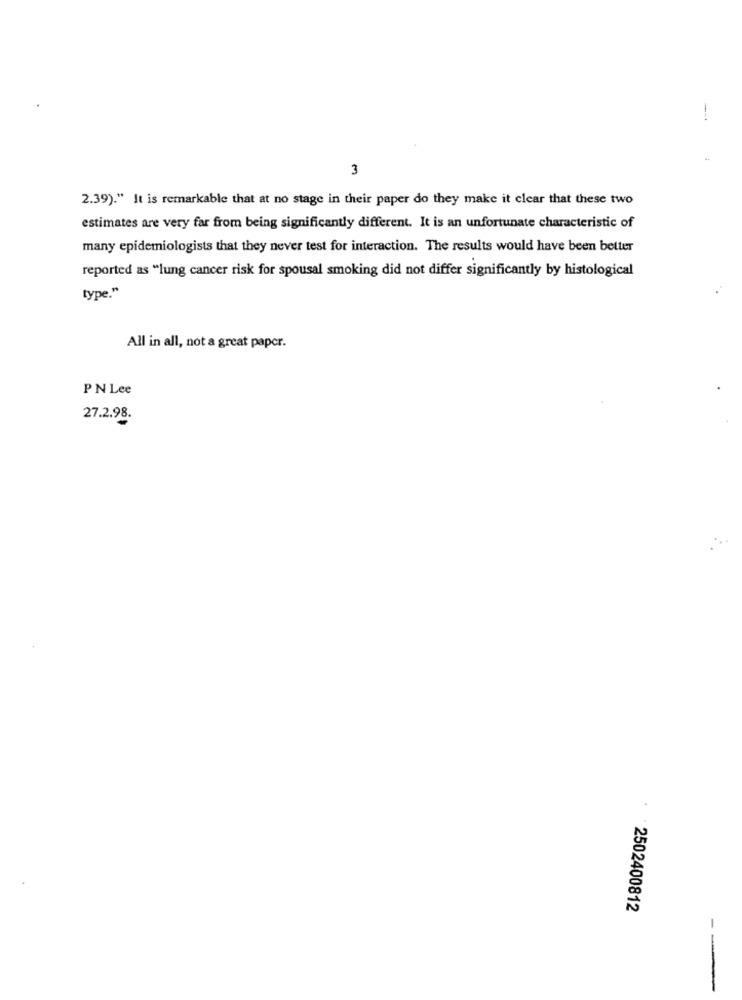
--
3
2.39)." It is remarkable that at no stage in their paper do they make it clear that these two
estimates are very far from being significantly different. It is an unfortunate characteristic of
many epidemiologists that they never test for interaction. The results would have been better
reported as "lung cancer risk for spousal smoking did not differ significantly by histological
type."
All in all, not a great paper.
PN Lee
27.2.98.
2502400812
--